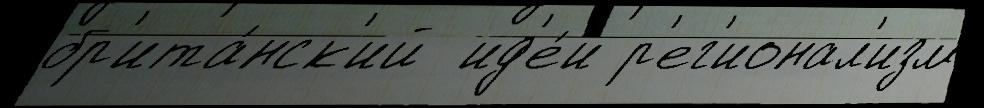
бр'ита́нск'ий  ид'е́и р'ег'ионал'изм